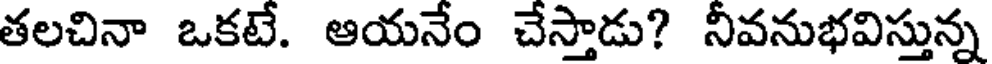
తలచినా ఒకటే. ఆయనేం చేస్తాడు? నీవనుభవిస్తున్న